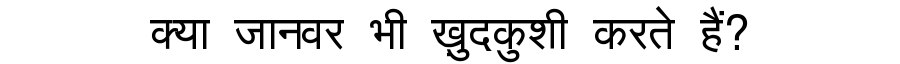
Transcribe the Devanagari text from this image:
क्या जानवर भी ख़ुदकुशी करते हैं?